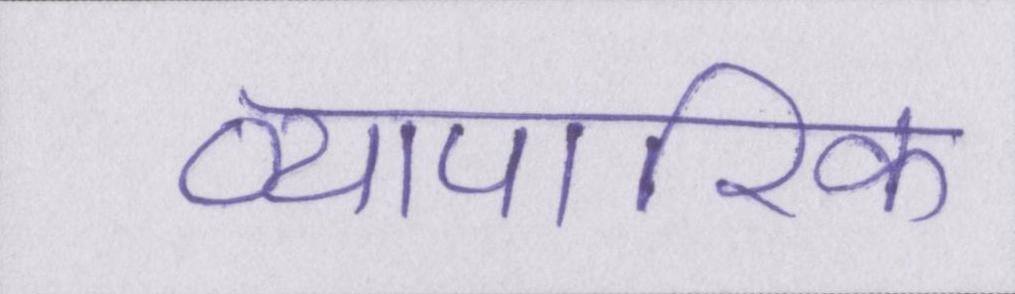
व्यापारिक